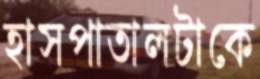
হাসপাতালটাকে